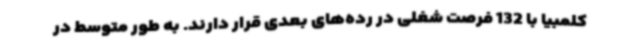
کلمبیا با 132 فرصت شغلی در رده‌های بعدی قرار دارند. به طور متوسط در